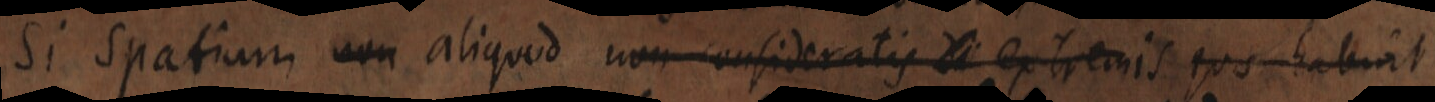
Si spatium non aliquod non consideratis _ extremis quo habint